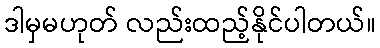
ဒါမှမဟုတ် လည်းထည့်နိုင်ပါတယ်။